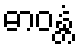
ဓာဝန္တံ